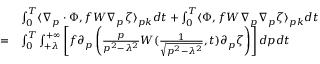
\begin{array} { r l } & { \int _ { 0 } ^ { T } \langle \nabla _ { p } \cdot \Phi , f W \nabla _ { p } \zeta \rangle _ { p k } d t + \int _ { 0 } ^ { T } \langle \Phi , f W \nabla _ { p } \nabla _ { p } \zeta \rangle _ { p k } d t } \\ { = } & { \int _ { 0 } ^ { T } \int _ { + \lambda } ^ { + \infty } \left[ f \partial _ { p } \left( \frac { p } { p ^ { 2 } - \lambda ^ { 2 } } W ( \frac { 1 } { \sqrt { p ^ { 2 } - \lambda ^ { 2 } } } , t ) \partial _ { p } \zeta \right) \right] d p d t } \end{array}